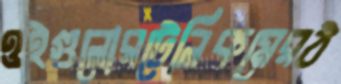
ওইগুলোরটেলিকমেরঠ